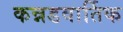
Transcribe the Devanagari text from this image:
कन्नडवार्तिक